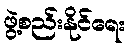
ဖွဲ့စည်းနိုင်ရေး